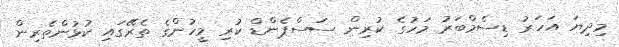
މިދިޔަ އަހަރު ޑިސެމްބަރު މަހުގެ ކުރިން ސަސްޕެންޑް ކުރި މީހުންގެ ތެރޭގައި ކުޅުންތެރިން